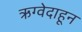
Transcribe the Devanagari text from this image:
ऋग्वेदाहून